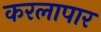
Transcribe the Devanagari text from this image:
करलापार